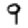
Digit: 9